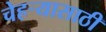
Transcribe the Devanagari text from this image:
चेहर्‍यासाठी